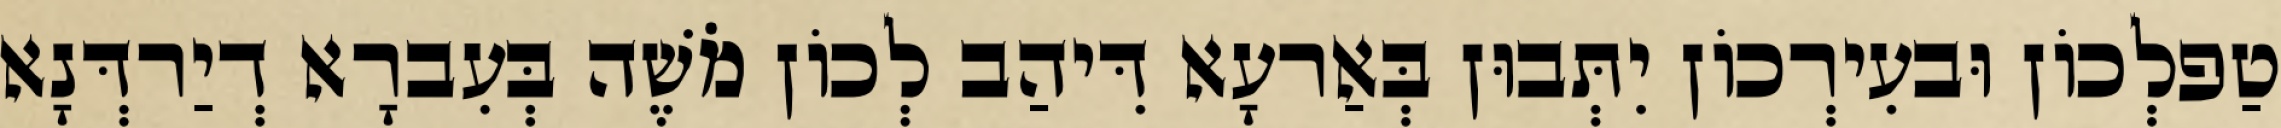
טַפלְכוֹן וּבעִירְכוֹן יִתְּבוּן בְּאַרעָא דִּיהַב לְכוֹן מֹשֶׁה בְּעִברָא דְיַרדְּנָא